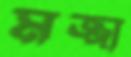
মজ্জা